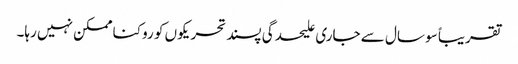
تقریباً سو سال سے جاری علیحدگی پسند تحریکوں کو روکنا ممکن نہیں رہا۔